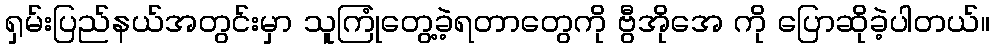
ရှမ်းပြည်နယ်အတွင်းမှာ သူကြုံတွေ့ခဲ့ရတာတွေကို ဗွီအိုအေ ကို ပြောဆိုခဲ့ပါတယ်။